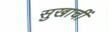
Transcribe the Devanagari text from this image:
सुखाचीं